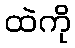
ထဲကို